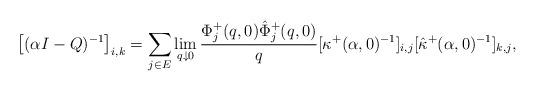
LaTeX: \begin{align*} \big[(\alpha I - Q)^{-1}\big]_{i,k} = \sum_{j\in E}\lim_{q\downarrow0}\frac{\Phi^+_j(q,0)\hat\Phi^+_j(q,0)}{q}[\kappa^+(\alpha,0)^{-1}]_{i,j}[\hat\kappa^+(\alpha,0)^{-1}]_{k,j}, \end{align*}